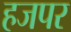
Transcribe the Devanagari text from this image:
हजपर